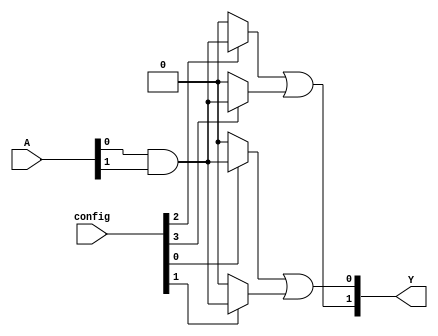
module SPAL (
    input wire [N-1:0] A,        // Input signals (A, B, C, ..., N)
    input wire [M-1:0] config,   // Configuration signals for AND gates
    output wire [P-1:0] Y         // Output signals (Y1, Y2, ..., Ym)
);

parameter N = 4;                // Number of input signals
parameter M = 4;                // Number of AND gates
parameter P = 2;                // Number of OR gates

// Programmable AND array
wire [M-1:0] and_out;          // Outputs from the AND gates

generate
    genvar i;
    for (i = 0; i < M; i = i + 1) begin : and_array
        // Each AND gate can be configured based on the config input
        assign and_out[i] = (config[i] == 1'b1) ? (A[0] & A[1]) : 1'b0; // Example configuration
    end
endgenerate

// Fixed OR array
assign Y[0] = and_out[0] | and_out[1]; // OR gate 1
assign Y[1] = and_out[2] | and_out[3]; // OR gate 2

endmodule